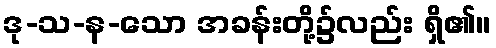
ဒု-သ-န-သော အခန်းတို့၌လည်း ရှိ၏။